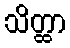
သိတ္ထာ